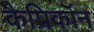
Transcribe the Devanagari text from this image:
कैप्रिकॉन